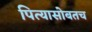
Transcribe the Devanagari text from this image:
पित्यासोबतच